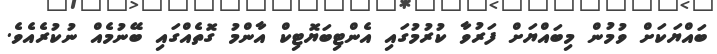
ބައްޔަކަށް ވުމުން މިބައްޔަށް ފަރުވާ ކުރުމުގައި އެންޓިބަޔޮޓިކް އާންމު ގޮތެއްގައި ބޭނުމެއް ނުކުރެއެވެ.